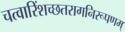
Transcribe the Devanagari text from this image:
चत्वारिंशच्छतरागनिरूपणम्‌